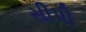
સીપી